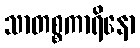
သာတစ္စကာရိနော